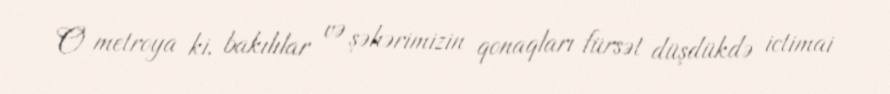
O metroya ki, bakılılar və şəhərimizin qonaqları fürsət düşdükdə ictimai